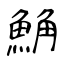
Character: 𩷛